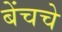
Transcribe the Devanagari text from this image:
बेंचचे